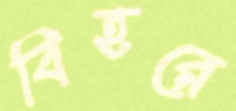
বিহরে